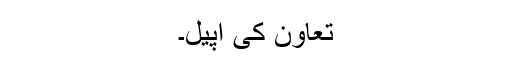
تعاون کی اپیل۔